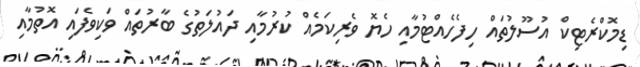
ޑިމޮކްރެޓިކް އުސޫލުތައް ހިފެހެއްޓުމާއި ހެޔޮ ވެރިކަމެއް ކުރުމާއި ދައުލަތުގެ ބާރުތައް ވަކިވެފައި އޮތުމާއި